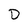
Character: D